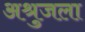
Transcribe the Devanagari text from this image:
अश्रुजला